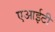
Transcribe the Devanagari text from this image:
एआईटी